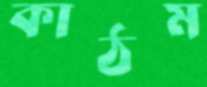
কাঠম